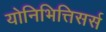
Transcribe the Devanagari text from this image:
योनिभित्तिसर्स